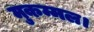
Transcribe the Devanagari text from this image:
मुकम्मल।